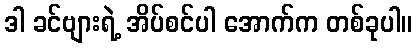
ဒါ ခင်ဗျားရဲ့ အိပ်စင်ပါ အောက်က တစ်ခုပါ။